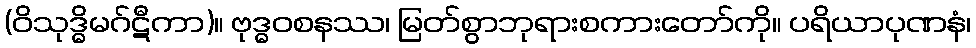
(ဝိသုဒ္ဓိမဂ်ဋီကာ)။ ဗုဒ္ဓဝစနဿ၊ မြတ်စွာဘုရားစကားတော်ကို။ ပရိယာပုဏနံ၊